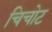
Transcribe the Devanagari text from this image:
चिचोट